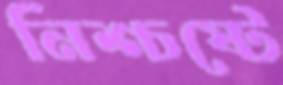
নিশ্চষ্টে